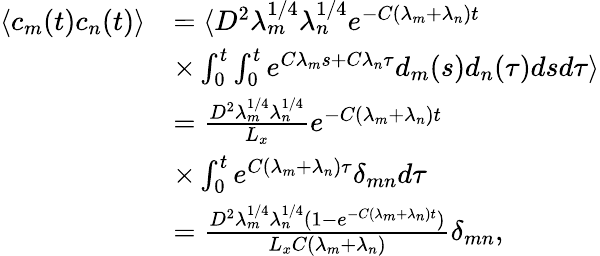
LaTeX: \begin{array}{rl}{\langle c_{m}(t)c_{n}(t)\rangle}&{=\langle D^{2}\lambda_{m}^{1/4}\lambda_{n}^{1/4}e^{-C(\lambda_{m}+\lambda_{n})t}}\\ &{\times\int_{0}^{t}\int_{0}^{t}e^{C\lambda_{m}s+C\lambda_{n}\tau}d_{m}(s)d_{n}(\tau)dsd\tau\rangle}\\ &{=\frac{D^{2}\lambda_{m}^{1/4}\lambda_{n}^{1/4}}{L_{x}}e^{-C(\lambda_{m}+\lambda_{n})t}}\\ &{\times\int_{0}^{t}e^{C(\lambda_{m}+\lambda_{n})\tau}\delta_{mn}d\tau}\\ &{=\frac{D^{2}\lambda_{m}^{1/4}\lambda_{n}^{1/4}(1-e^{-C(\lambda_{m}+\lambda_{n})t})}{L_{x}C(\lambda_{m}+\lambda_{n})}\delta_{mn},}\end{array}